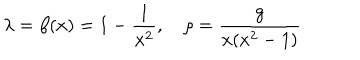
LaTeX: \lambda = \beta ( x ) = 1 - { \frac { 1 } { x ^ { 2 } } } , \quad \rho = { \frac { g } { x ( x ^ { 2 } - 1 ) } }